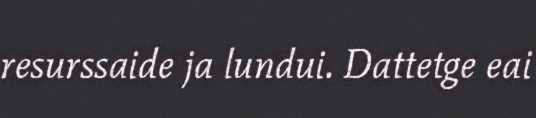
resurssaide ja lundui. Dattetge eai